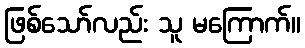
ဖြစ်သော်လည်း သူ မကြောက်။